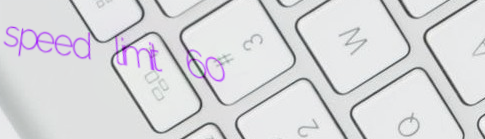
speed limit 60